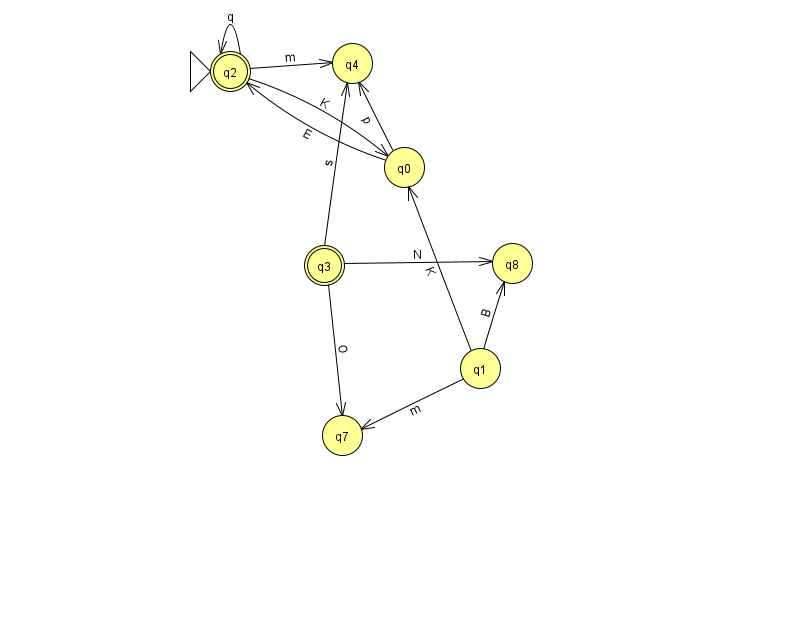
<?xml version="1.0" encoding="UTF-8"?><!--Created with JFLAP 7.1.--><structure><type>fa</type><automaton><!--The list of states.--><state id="0" name="q0"><x>404.0</x><y>154.0</y></state><state id="1" name="q1"><x>480.0</x><y>355.0</y></state><state id="2" name="q2"><x>230.0</x><y>58.0</y><initial/><final/></state><state id="3" name="q3"><x>324.0</x><y>252.0</y><final/></state><state id="4" name="q4"><x>352.0</x><y>50.0</y></state><state id="7" name="q7"><x>342.0</x><y>422.0</y></state><state id="8" name="q8"><x>512.0</x><y>250.0</y></state><!--The list of transitions.--><transition><from>0</from><to>4</to><read>p</read></transition><transition><from>2</from><to>2</to><read>q</read></transition><transition><from>0</from><to>2</to><read>E</read></transition><transition><from>3</from><to>8</to><read>N</read></transition><transition><from>3</from><to>4</to><read>s</read></transition><transition><from>1</from><to>7</to><read>m</read></transition><transition><from>3</from><to>7</to><read>O</read></transition><transition><from>2</from><to>4</to><read>m</read></transition><transition><from>1</from><to>0</to><read>K</read></transition><transition><from>1</from><to>8</to><read>B</read></transition><transition><from>2</from><to>0</to><read>K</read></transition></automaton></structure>